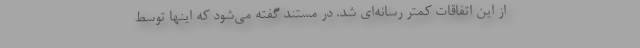
از این اتفاقات کمتر رسانه‌ای شد. در مستند گفته می‌شود که اینها توسط